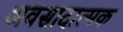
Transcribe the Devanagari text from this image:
अवसादात्मक